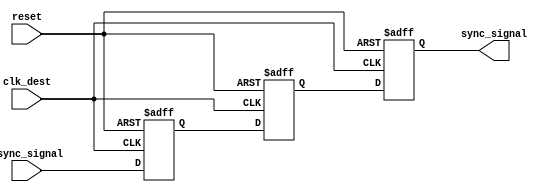
module triple_flip_flop_synchronizer (
    input wire clk_dest,        // Destination clock
    input wire reset,           // Synchronous reset
    input wire async_signal,     // Asynchronous input signal
    output reg sync_signal       // Synchronized output signal
);

// Internal wires to connect the flip-flops
reg ff1_out; // Output of the first flip-flop
reg ff2_out; // Output of the second flip-flop

// First flip-flop: captures the asynchronous signal
always @(posedge clk_dest or posedge reset) begin
    if (reset) begin
        ff1_out <= 1'b0; // Initialize to a known state
    end else begin
        ff1_out <= async_signal; // Sample the async signal
    end
end

// Second flip-flop: stabilizes the output from the first flip-flop
always @(posedge clk_dest or posedge reset) begin
    if (reset) begin
        ff2_out <= 1'b0; // Initialize to a known state
    end else begin
        ff2_out <= ff1_out; // Sample the output of FF1
    end
end

// Third flip-flop: final output for synchronization
always @(posedge clk_dest or posedge reset) begin
    if (reset) begin
        sync_signal <= 1'b0; // Initialize to a known state
    end else begin
        sync_signal <= ff2_out; // Sample the output of FF2
    end
end

endmodule